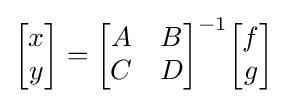
{\begin{bmatrix}x\\y\end{bmatrix}}={\begin{bmatrix}A&B\\C&D\end{bmatrix}}^{-1}{\begin{bmatrix}f\\g\end{bmatrix}}